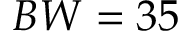
B W = 3 5